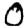
Digit: 0